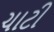
ચાટી